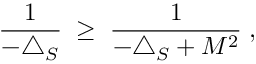
\frac { 1 } { - \triangle _ { S } } \; \geq \; \frac { 1 } { - \triangle _ { S } + M ^ { 2 } } \; ,